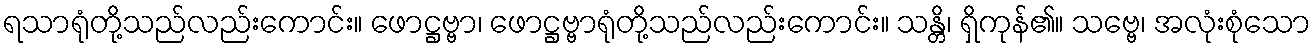
ရသာရုံတို့သည်လည်းကောင်း။ ဖောဋ္ဌဗ္ဗာ၊ ဖောဋ္ဌဗ္ဗာရုံတို့သည်လည်းကောင်း။ သန္တိ၊ ရှိကုန်၏။ သဗ္ဗေ၊ အလုံးစုံသော